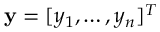
\mathbf { y } = [ y _ { 1 } , \dots , y _ { n } ] ^ { T }